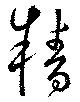
精